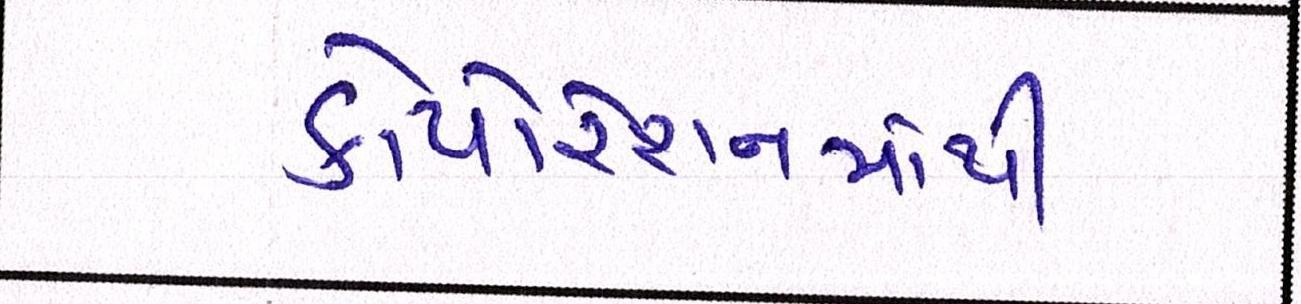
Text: કોર્પોરેશનમાંથી